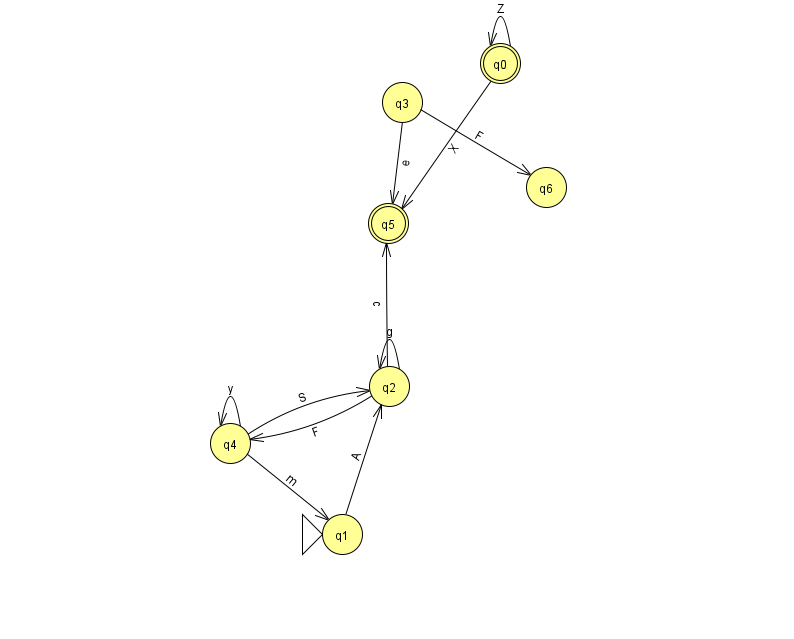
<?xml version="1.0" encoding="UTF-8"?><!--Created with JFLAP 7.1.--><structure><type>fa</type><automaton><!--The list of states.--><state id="0" name="q0"><x>500.0</x><y>50.0</y><final/></state><state id="1" name="q1"><x>342.0</x><y>521.0</y><initial/></state><state id="2" name="q2"><x>389.0</x><y>373.0</y></state><state id="3" name="q3"><x>402.0</x><y>89.0</y></state><state id="4" name="q4"><x>230.0</x><y>430.0</y></state><state id="5" name="q5"><x>388.0</x><y>210.0</y><final/></state><state id="6" name="q6"><x>546.0</x><y>174.0</y></state><!--The list of transitions.--><transition><from>2</from><to>5</to><read>c</read></transition><transition><from>4</from><to>2</to><read>S</read></transition><transition><from>4</from><to>1</to><read>m</read></transition><transition><from>0</from><to>5</to><read>X</read></transition><transition><from>2</from><to>2</to><read>g</read></transition><transition><from>2</from><to>4</to><read>F</read></transition><transition><from>1</from><to>2</to><read>A</read></transition><transition><from>4</from><to>4</to><read>y</read></transition><transition><from>0</from><to>0</to><read>Z</read></transition><transition><from>3</from><to>5</to><read>e</read></transition><transition><from>3</from><to>6</to><read>F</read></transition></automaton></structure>